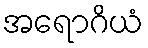
အရောဂိယံ